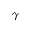
\gamma